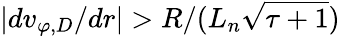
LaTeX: \lvert dv_{\varphi,D}/dr\rvert>R/(L_{n}\sqrt{\tau+1})